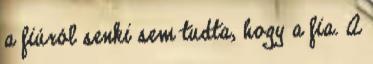
a fiúról senki sem tudta, hogy a fia. A